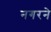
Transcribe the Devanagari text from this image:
नगरने